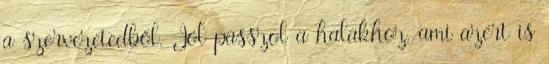
a szervezetedből. Jól passzol a halakhoz, ami azért is